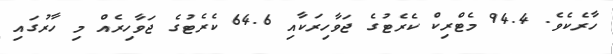
ހާރެކެވެ. 94.4 މެޓްރިކް ކެރެޓުގެ ޖަވާހިރަކާއި 64.6 ކެރެޓުގެ ޖަވާހިރެއް މި ހާރުގައި